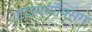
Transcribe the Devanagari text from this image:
टाइमबॉक्सिंग